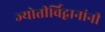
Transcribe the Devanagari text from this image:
ज्योतीर्विद्वानांनी